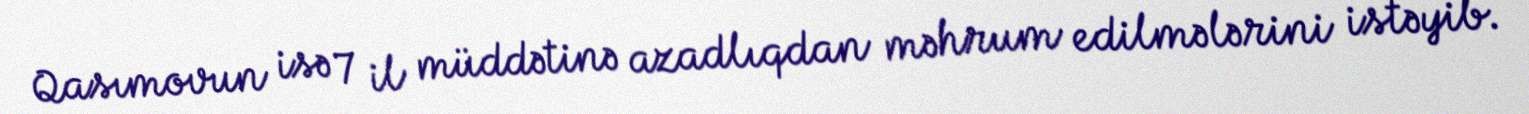
Qasımovun isə 7 il müddətinə azadlıqdan məhrum edilmələrini istəyib.